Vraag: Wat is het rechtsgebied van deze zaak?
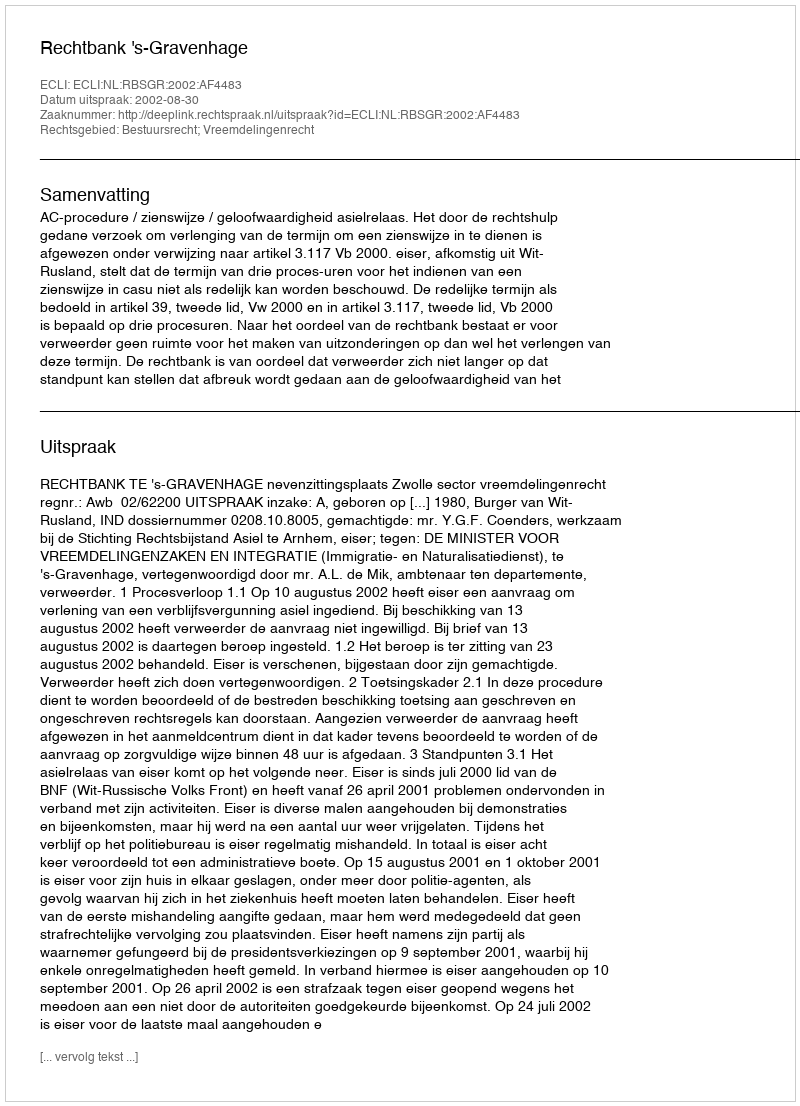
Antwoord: Bestuursrecht; Vreemdelingenrecht